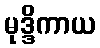
မုဒ္ဒိကာယ